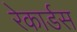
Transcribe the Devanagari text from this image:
रेकार्डस